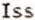
ISS